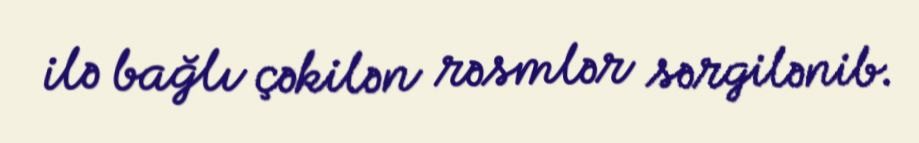
ilə bağlı çəkilən rəsmlər sərgilənib.